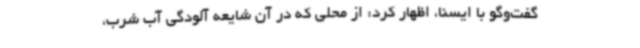
گفت‌وگو با ایسنا، اظهار کرد: از محلی که در آن شایعه آلودگی آب شرب،